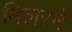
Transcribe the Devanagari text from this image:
मिलरने